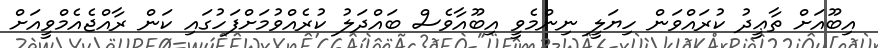
އިބޫއަށް ތާޢީދު ކުރައްވަން ހިޔަލީ ނިންމެވީ އިބޫއާވެސް ބައްދަލު ކުރެއްވުމަށްފަހުގައި ކަން ރާއްޖެއެމްވީއަށް